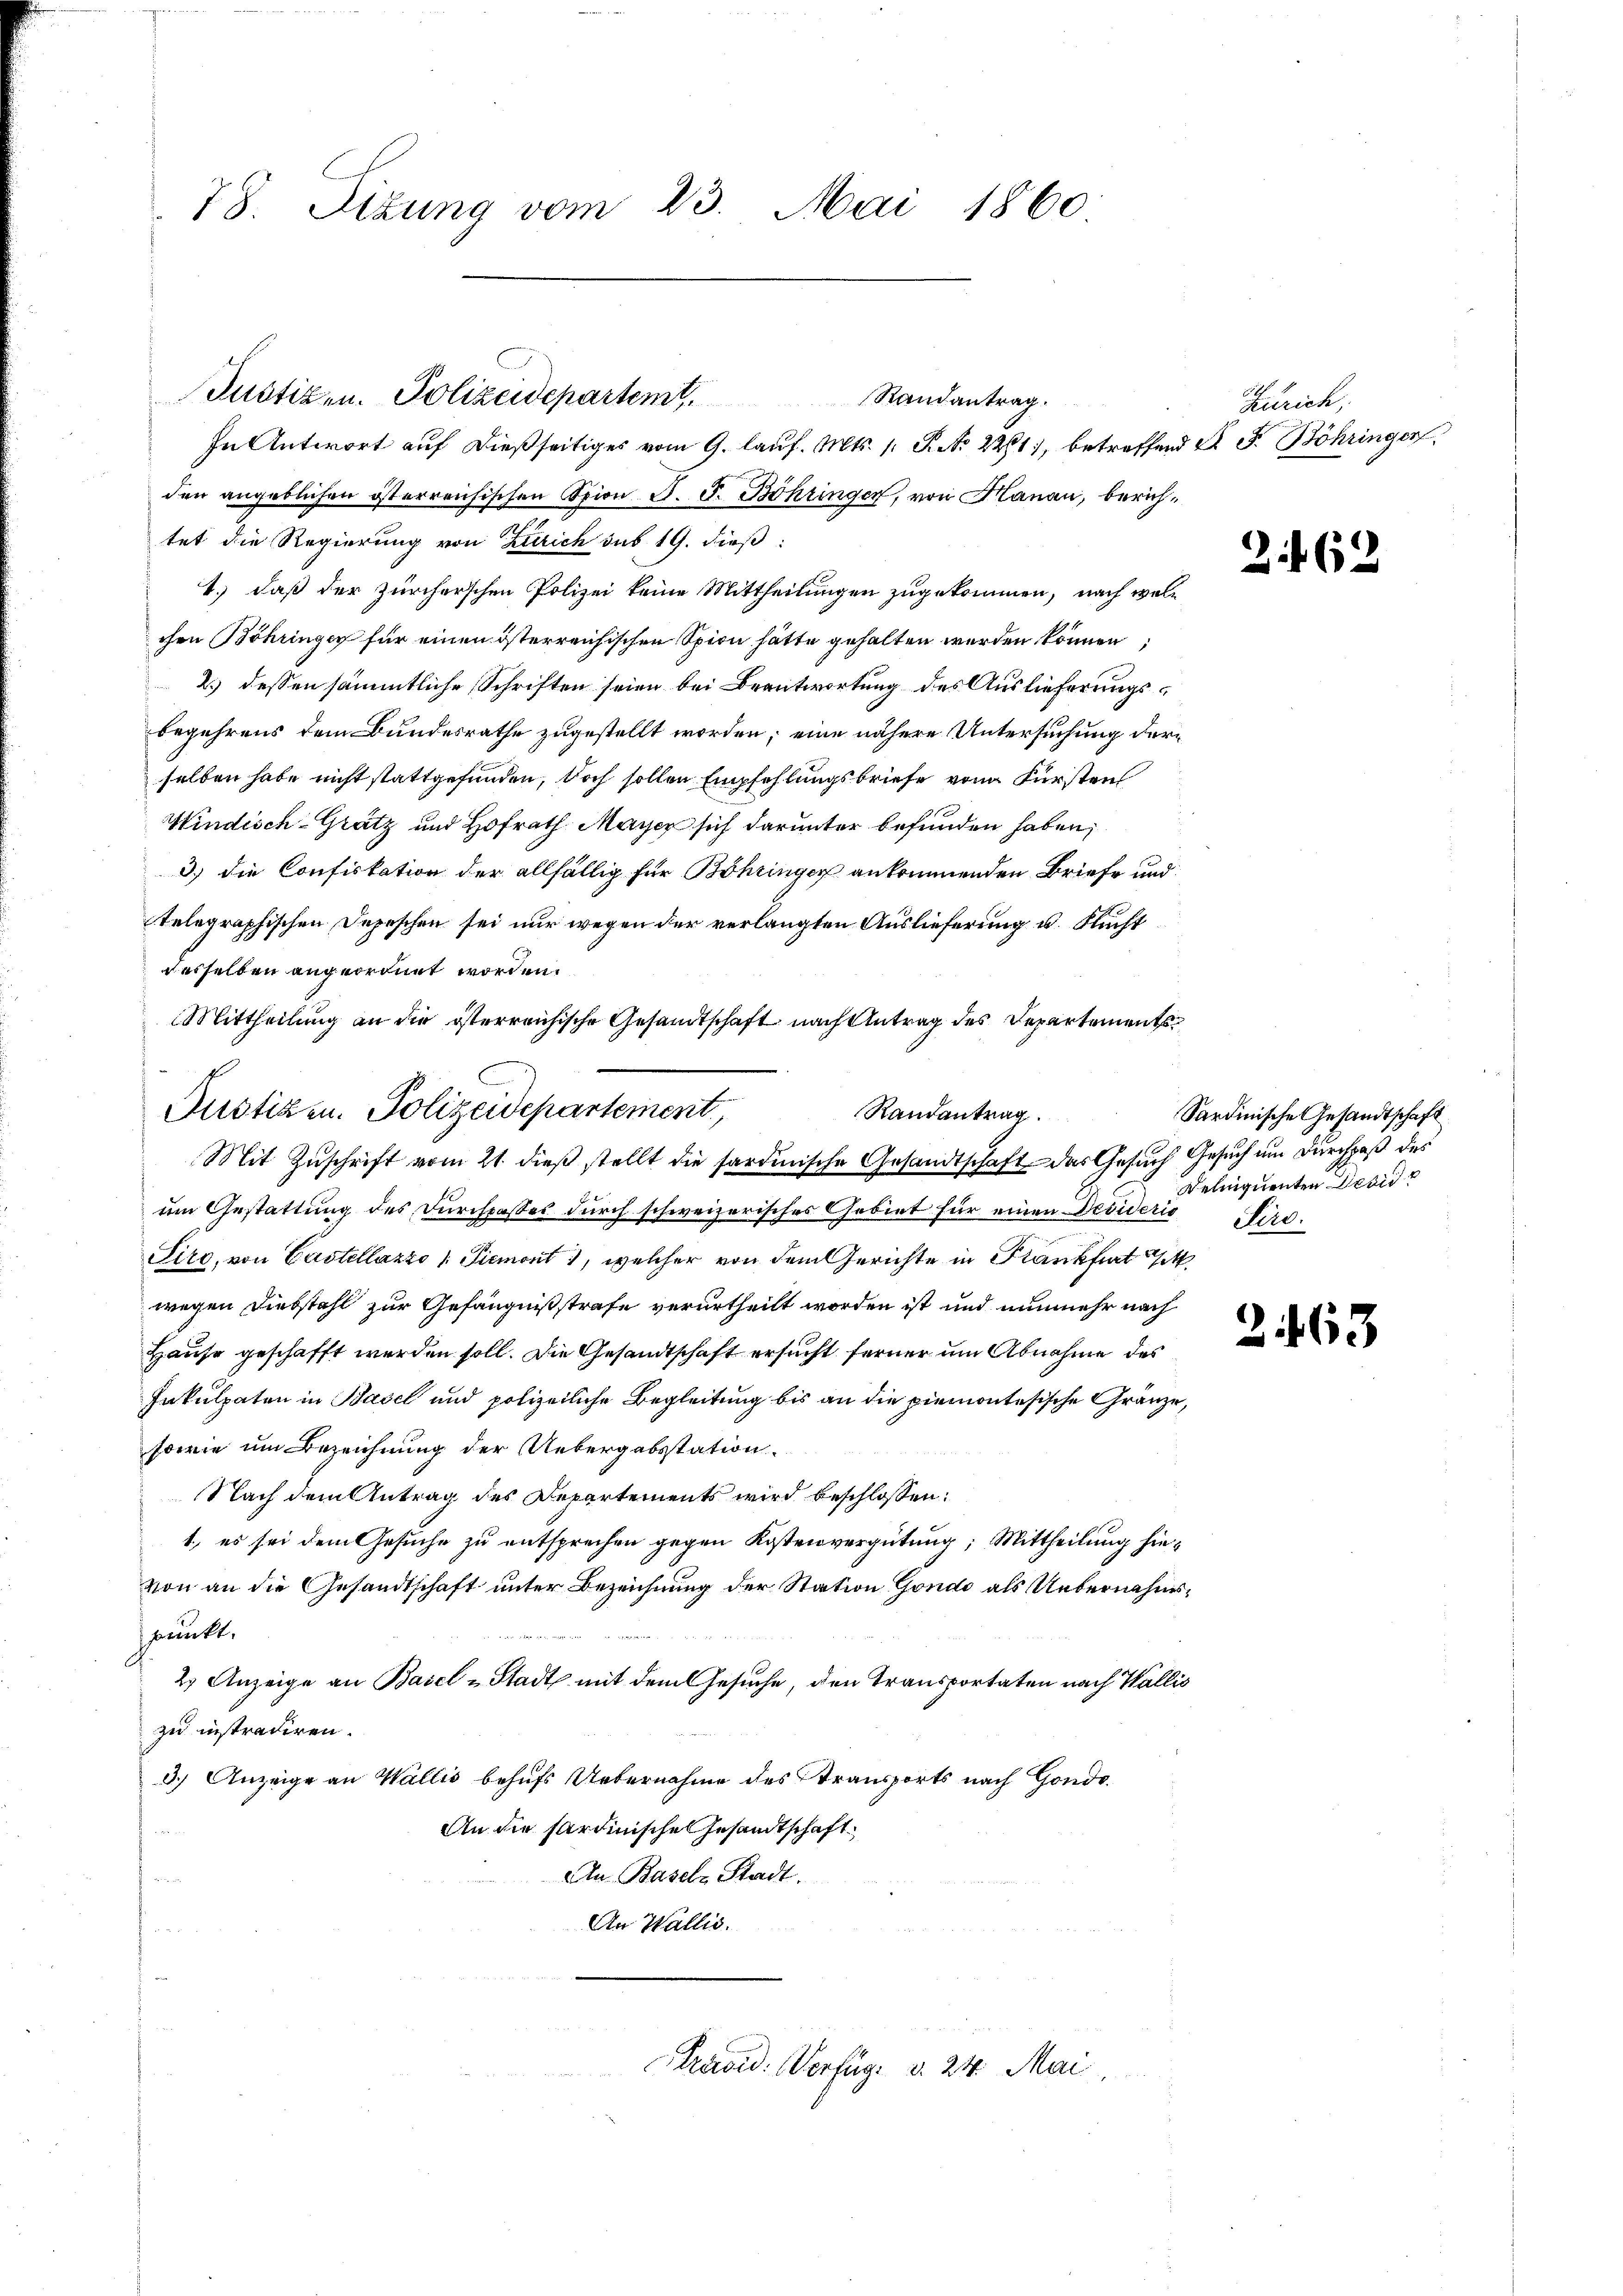
78. Sizung vom 23. Mai 1860.

In Antwort auf dießseitiges vom 9. lauf. Mts. 1. P. Nr. 221), betreffend A. F. Böhringer
den angeblichen österreichischen Spion J. J. Böhringen, von Hanau, berichtet die Regierung von Zürich des 19. dieß
1.) daß der Zürcherschen Polizei keine Mittheilungen zugekommen, nach welchen Böhringer für einen österreichischen Spion hätte gehalten werden können;
2.) dessen sämmtliche Schriften seien bei Beantwortung des Auslieferungsbegehrens dem Bundesrathe zugestellt worden; eine nähere Untersuchung derselben habe nicht stattgefunden, doch sollen Empfehlungsbriefe von Fürsten
Windisch-Grätz und Hofrath Mayer sich darunter befunden haben,
3.) die Confiskation der allfällig für Böhringer ankommenden Briefe und
telegraphischen Depeschen sei nur wegen der verlangten Auslieferung u. Flucht
desselben angeordnet worden.
Mittheilung an die österreichische Gesandtschaft nach Antrag des Departements¬
Randantrag.
Mit Zuschrift vom 21. dieß stellt die sardinische Gesandtschaft das Gesuch Gesuch um Durchpaß des
um Gestattung des Durchpaßes durch schweizerisches Gebiet für einen Desideris Pird.
Siro, von Castellazzo (Piemont, welcher von dem Gerichte in Frankfurt M.
wegen Diebstahl zur Gefängnißstrafe verurtheilt worden ist und nunmehr nach
Hause geschafft werden soll. Die Gesandtschaft ersucht ferner um Abnahme des
Inkulpaten in Basel und polizeiliche Begleitung bis an die piemontesische Gränze,
sowie um Bezeichnung der Uebergabsstation
Nach dem Antrag des Departements wird beschlossen:
1., es sei dem Gesuche zu entsprechen gegen Kostenvergütung; Mittheilung hievon an die Gesandtschaft unter Bezeichnung der Station Gondo als Uebernahmsspunkt.
2) Anzeige an Basel u Stadt mit dem Gesuche, den Transportaten nach Wallis
zu instradiren.
3.) Anzeige an Wallis behufs Uebernahme des Transports nach Gondo
An die Sardinische Gesandtschaft
An Baselz Stadt.
An Wallis.

Justizen. Polizeidepartemt. Randantrag.

Justizen. Polizeidepartement

Previd. Verfüg, d. 24. Mai

Zürich,

262

Sardinische Gesandtschaft
Delinquenten Desid

3463